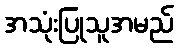
အသုံးပြုသူအမည်